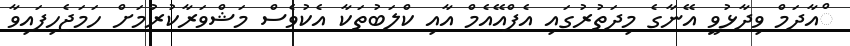
ްއާދަމް ވިދާޅުވީ އޭނާގެ މިދަތުރުގައި އެފްއޭއެމް އާއި ކްލަބުތަކާ އެކުވެސް މަޝްވަރާކުރުމަށް ހަމަޖެހިފައިވާ